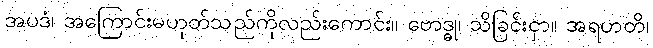
အပဒံ၊ အကြောင်းမဟုတ်သည်ကိုလည်းကောင်း။ ဗောဒ္ဓု၊ သိခြင်းငှာ။ အရဟတိ၊